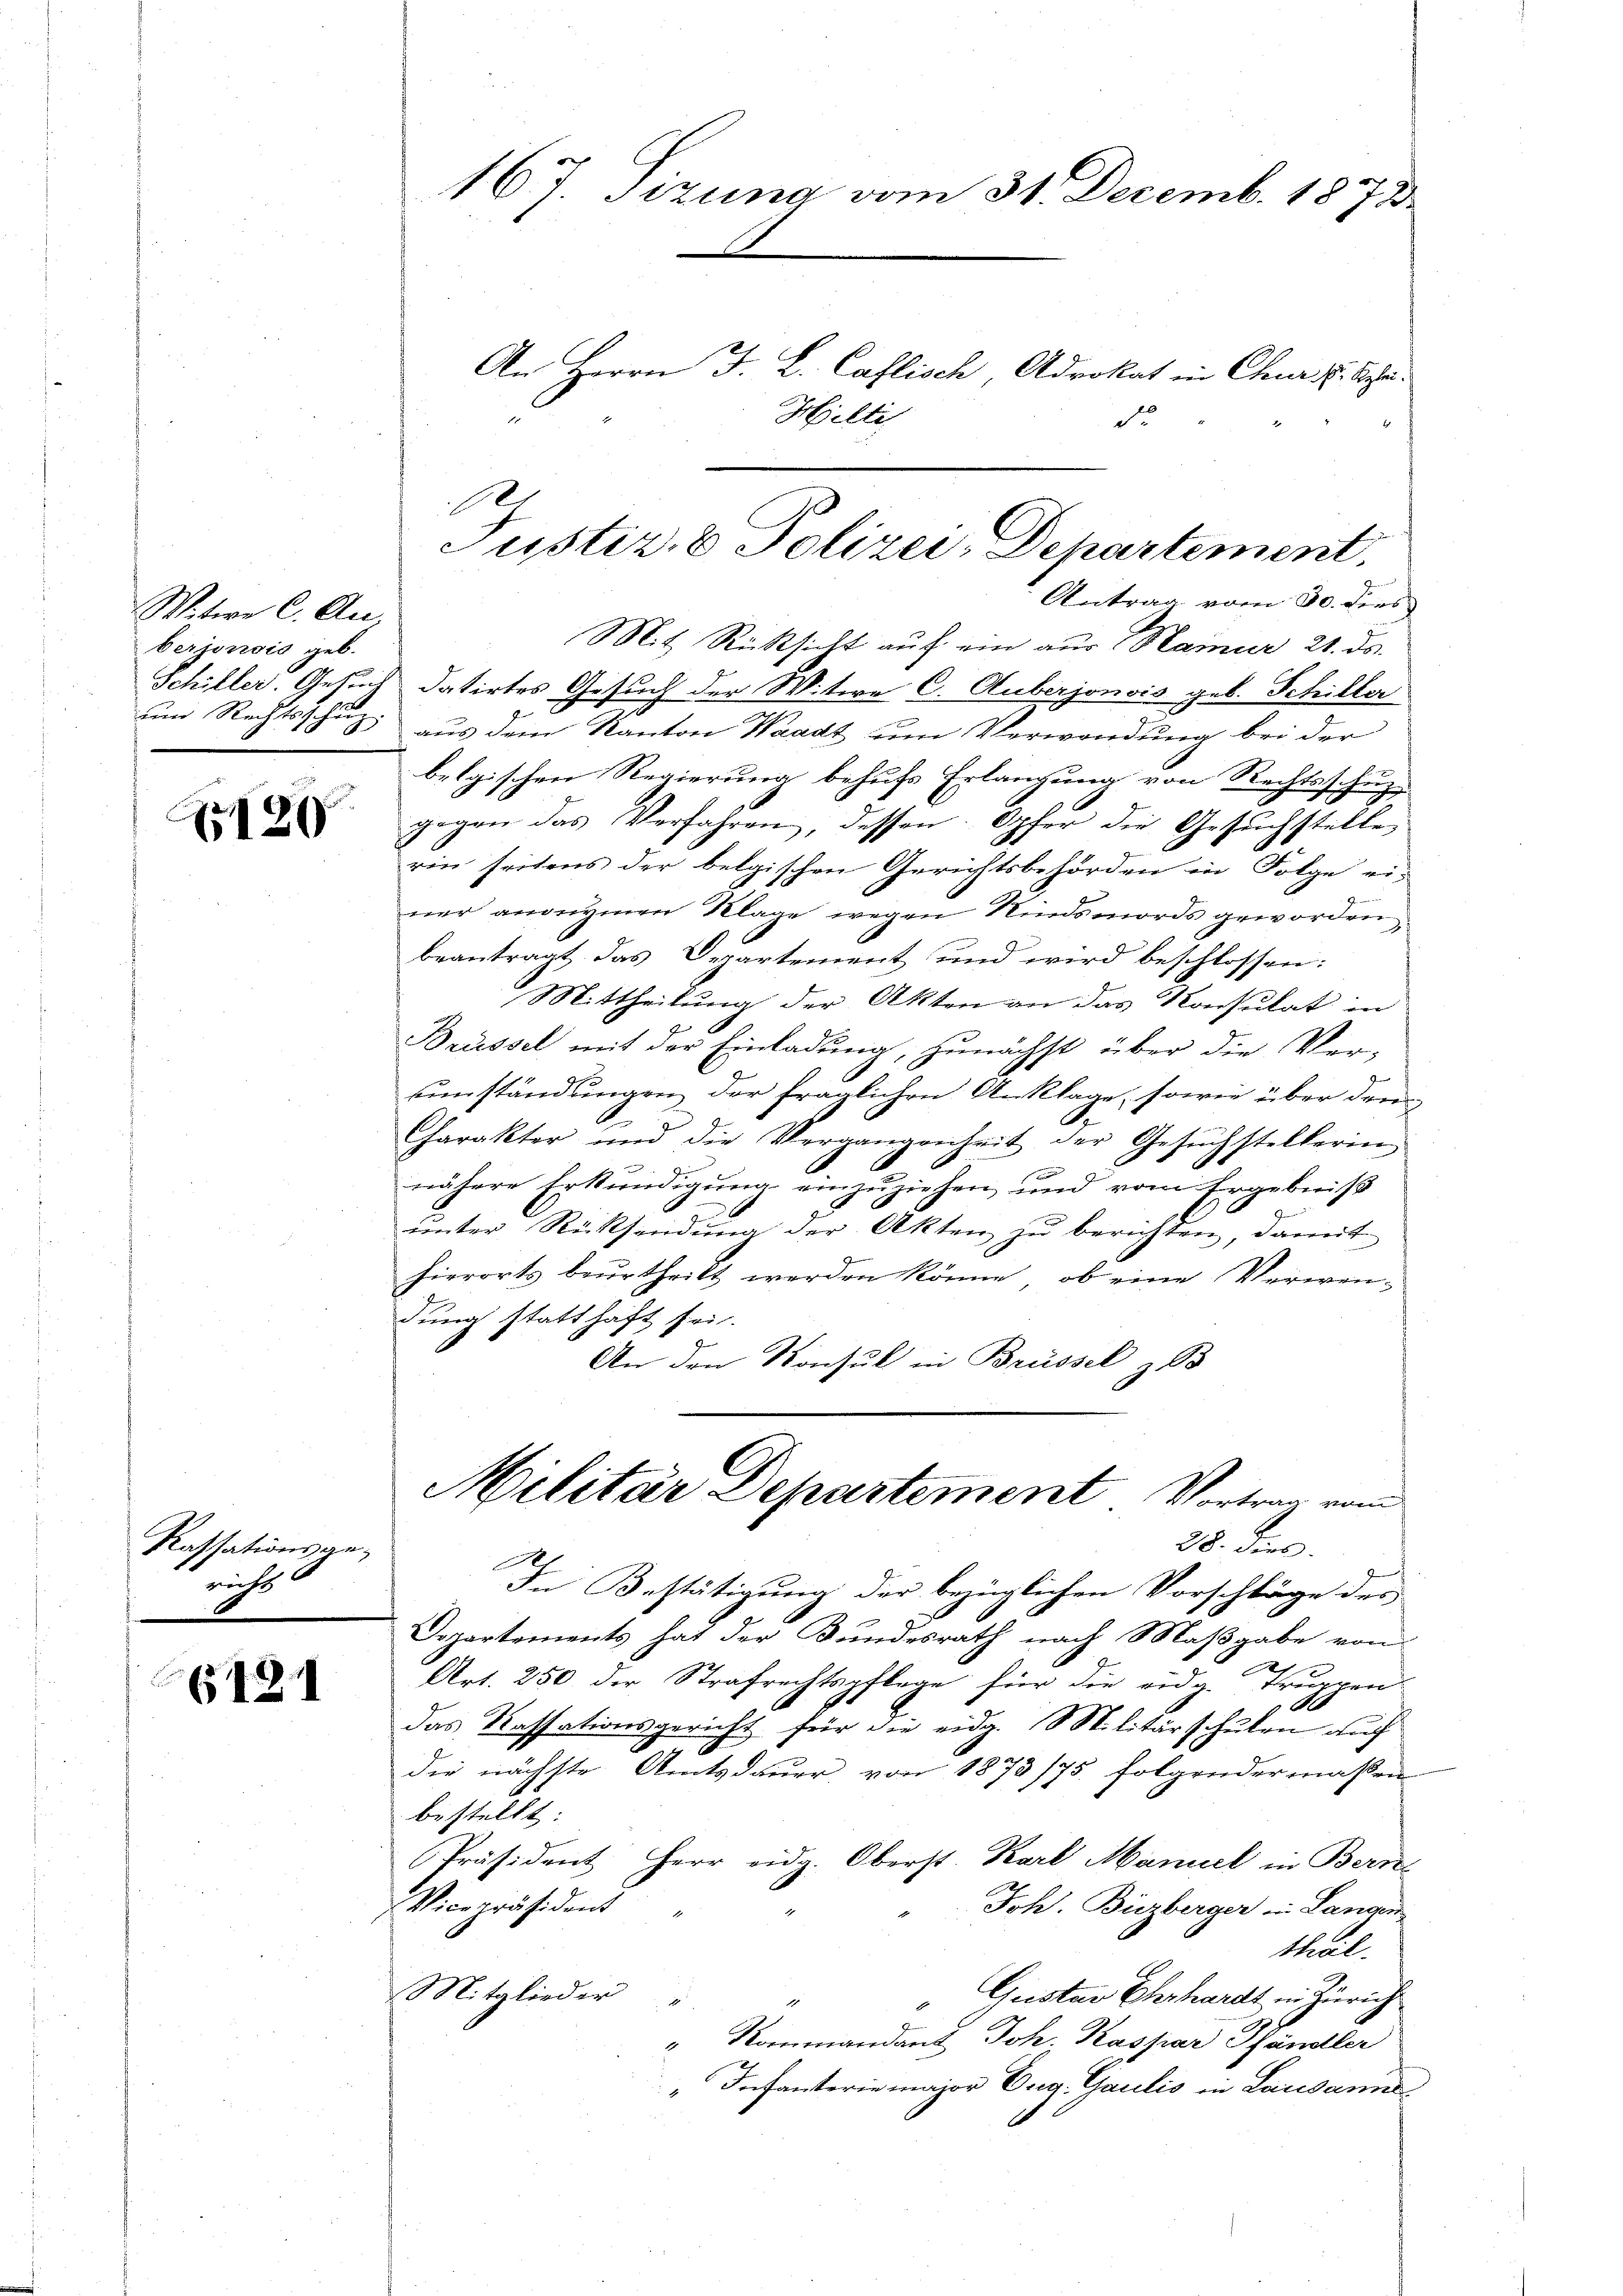
Witwe C. Au
berjorisis geb.
um Rechtsschuz

126

Kassationsgeneicht

1211

167. Sizung vom 31. Decemb. 1873.
An Herrn F. L. Caflisch, Advokat in Chur u. Sche¬
Hielti
de

Schiller. Gesuch datirtes Gesuch der Witwe C. Auberjonois geb. Schiller
aus dem Kanton Waadt um Verwendung bei der
belgischen Regierung behufs Erlangung von Rechtsschuz
gegen das Verfahren, dessen Opfer die Gesuchstelle
rin seitens der belgischen Gerichtsbehörden in Folge ei-
ner andrymen Klage wegen Kindsmords geworden
beantragt das Departement und wird beschlossen:
Mittheilung der Akten an das Konsulat in
Brüssel mit der Einladung, zunächst über die Ver-
umständungen der fraglichen Anklage, sowie über den
Charakter und die Vergangenheit der Gesŭchstellerien
nähere Erkŭndigŭng einzŭziehen und vom Ergebniβ
unter Rücksendung der Akten zu berichten, damit
hierorts beŭrtheilt werden könne, ob eine Verwendung statthaft sei.
An den Konsul in Brüssel z
Militär Departement Vortrag vom
28. dies
In Bestätigung der bezüglichen Vorschläge der
Departements hat der Bundesrath nach Maßgabe von
1
Art. 250 der Strafrechtspflege für die eidg. Truppen-
1
Das Kassationsgericht für die eidg. Militärschulen auf
die nächste Amtsdauer von 1873/75. folgendermaßen
bestellt:
Präsident Herr eidg. Oberst. Karl Manuel in Bern
Ich. Buzberger in Langen
Vicepräsident
thal.
Mitglieder
Gustav Ehrhardt in Zürich
" Rommandant Joh. Kaspar Händler
Infansterie major Eug. Gaulis in Lausanne

10

Justiz- & Polizei, Departement.
Antrag vom 30. dies
Mit Rücksicht auf ein aus Hamur 21. ds.